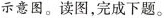
示意图。读图，完成下题。